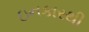
ઇનકારથી